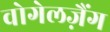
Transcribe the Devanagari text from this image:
वोगेलज़ैंग